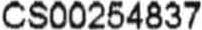
CS00254837